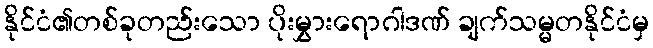
နိုင်ငံ၏တစ်ခုတည်းသော ပိုးမွှားရောဂါဒဏ် ချက်သမ္မတနိုင်ငံမှ